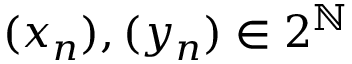
( x _ { n } ) , ( y _ { n } ) \in 2 ^ { \mathbb { N } }